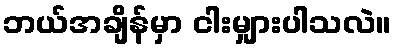
ဘယ်အချိန်မှာ ငါးမျှားပါသလဲ။